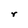
Character: r